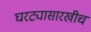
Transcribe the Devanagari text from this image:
घरट्यासारखीच